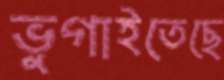
ভুগাইতেছে